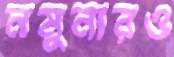
নমুনারও